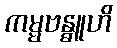
ကမ္မဗန္ဓူဟိ